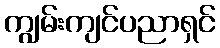
ကျွမ်းကျင်ပညာရှင်